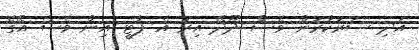
އަދި ސަރުކާރުން ވެސް ދޫދޭ އިރު އެ ޕާޓީ އިން ވެސް އޭގެ